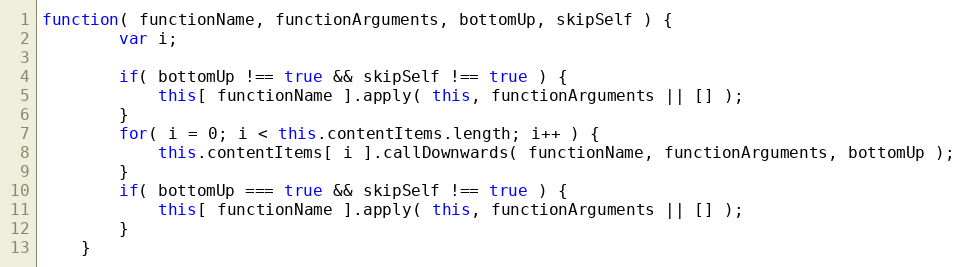
Language: JavaScript
function( functionName, functionArguments, bottomUp, skipSelf ) {
		var i;

		if( bottomUp !== true && skipSelf !== true ) {
			this[ functionName ].apply( this, functionArguments || [] );
		}
		for( i = 0; i < this.contentItems.length; i++ ) {
			this.contentItems[ i ].callDownwards( functionName, functionArguments, bottomUp );
		}
		if( bottomUp === true && skipSelf !== true ) {
			this[ functionName ].apply( this, functionArguments || [] );
		}
	}